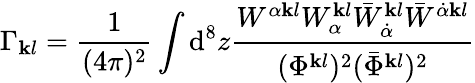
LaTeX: \Gamma_{\mathbf{k}l}=\frac{{1}}{{(4\pi)^{2}}}\int\mathrm{{d}}^{8}z\frac{{W^{\alpha\mathbf{k}l}W_{\alpha}^{\mathbf{k}l}\bar{{W}}_{\dot{{\alpha}}}^{\mathbf{k}l}\bar{{W}}^{\dot{{\alpha}}\mathbf{k}l}}}{{(\Phi^{\mathbf{k}l})^{2}(\bar{{\Phi}}^{\mathbf{k}l})^{2}}}